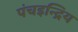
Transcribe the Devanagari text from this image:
पंचइन्द्रिय